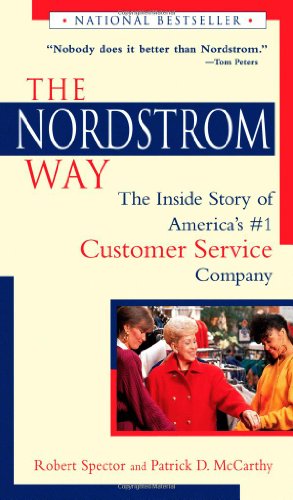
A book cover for The Nordstrom Way: The Inside Story of America's #1 Customer Service Company; Robert Spector; Business & Money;